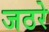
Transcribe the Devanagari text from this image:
जठरे